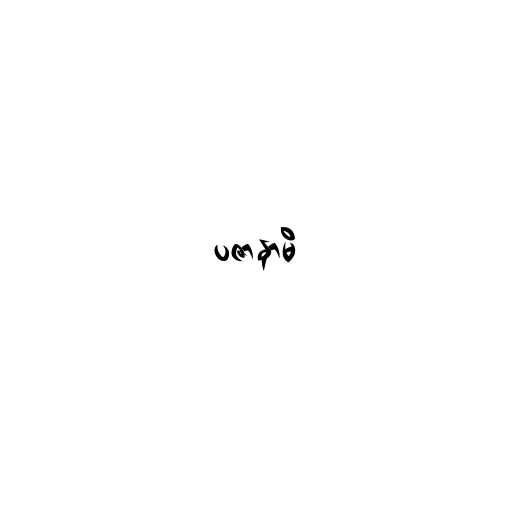
ပဇာနာမိ